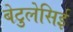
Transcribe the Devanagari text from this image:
बेटुलेसिई